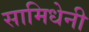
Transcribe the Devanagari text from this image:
सामिधेनी